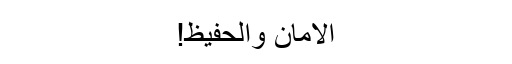
الامان والحفیظ!